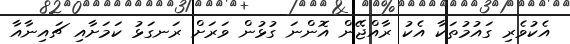
އެކުވެރި ގައުމުތަކާ އެކު ރާއްޖޭން އޮންނަ ގުޅުން ވަރަށް ރަނގަޅު ކަމަށާއި ޗައިނާއާ